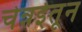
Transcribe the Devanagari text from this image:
चेन्नईतून